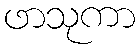
ဖာသုကာ